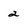
Character: 2